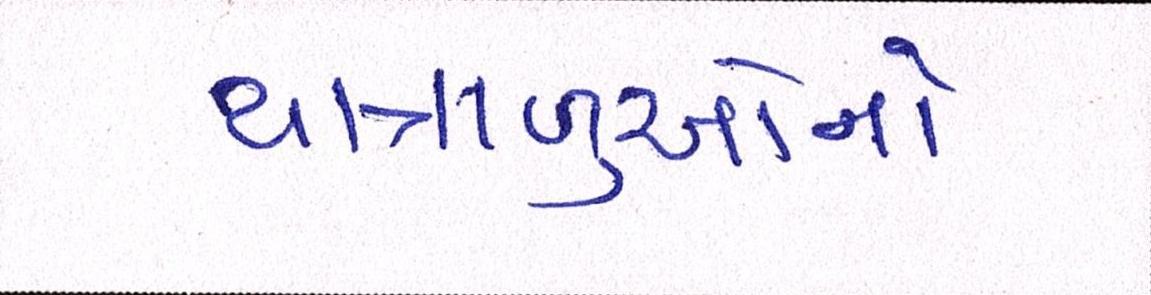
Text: યાત્રાળુઓનો